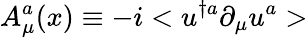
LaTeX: A_{\mu}^{a}(x)\equiv-i<u^{\dagger a}\partial_{\mu}u^{a}>